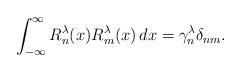
LaTeX: \begin{align*}\int_{-\infty}^{\infty}R_{n}^{\lambda}(x)R_{m}^{\lambda}(x)\,dx=\gamma_{n}^{\lambda}\delta_{nm}.\end{align*}